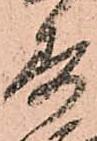
寿